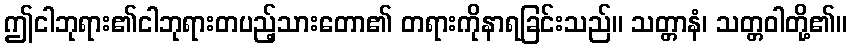
ဤငါဘုရား၏ငါဘုရားတပည့်သားတော၏ တရားကိုနာရခြင်းသည်။ သတ္တာနံ၊ သတ္တဝါတို့၏။